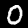
Digit: 0